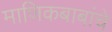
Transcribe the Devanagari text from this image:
माणिकबाबांचे